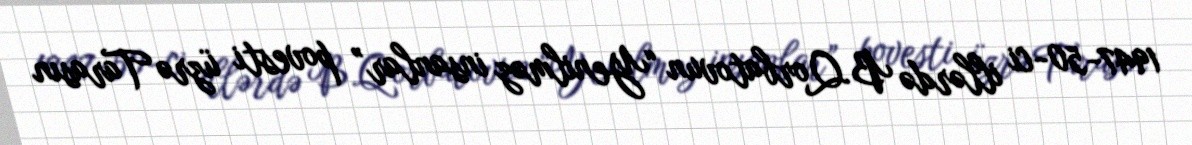
1947-50-ci illərdə B.Qorbatovun “Yenilməz insanlar” povesti üzrə Tarasın